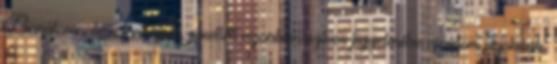
Barátomnak is tartozom, emellett azonban szíves figyelmébe ajánlom azoknak,